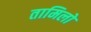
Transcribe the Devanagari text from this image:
तामिलो